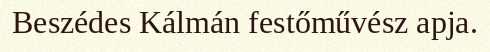
Beszédes Kálmán festőművész apja.